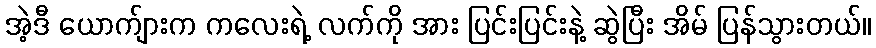
အဲ့ဒီ ယောက်ျားက ကလေးရဲ့ လက်ကို အား ပြင်းပြင်းနဲ့ ဆွဲပြီး အိမ် ပြန်သွားတယ်။